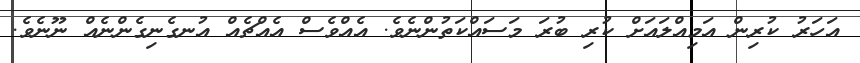
އަހަރު ކުރިން އަމިއްލައަށް ކުރި ބުރަ މަސައްކަތުންނެވެ. އެއްވެސް އެއްޗެއް އުނގެނިގެންނެއް ނޫނެވެ.